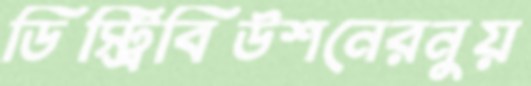
ডিস্ট্রিবিউশনেরনুয়